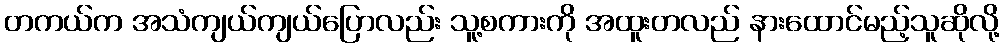
တကယ်က အသံကျယ်ကျယ်ပြောလည်း သူ့စကားကို အထူးတလည် နားထောင်မည့်သူဆိုလို့